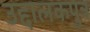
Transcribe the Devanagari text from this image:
उद्दालकपुत्र